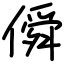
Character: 僢